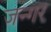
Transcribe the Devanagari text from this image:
जन्गर